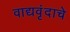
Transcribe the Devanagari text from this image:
वाद्यवृंदाचे